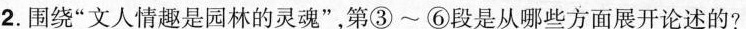
2.围绕“文人情趣是园林的灵魂”,第③~6段是从哪些方面展开论述的?